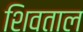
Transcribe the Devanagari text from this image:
शिवताल